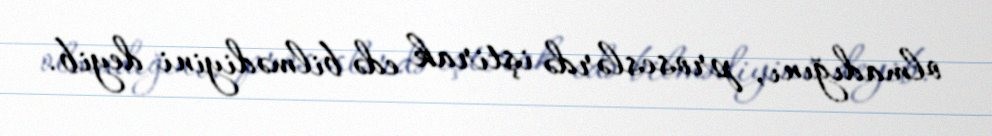
olmadığını, proseslərdə iştirak edə bilmədiyini deyib.